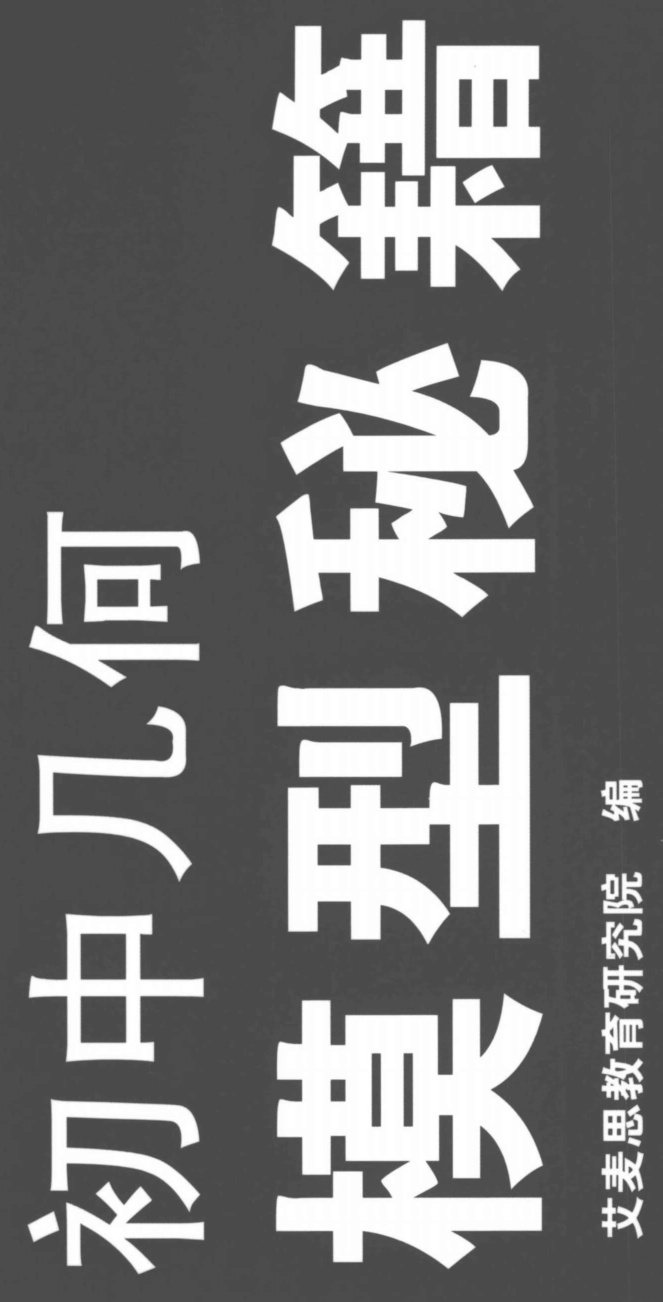
初中几何
模型秘籍
艾麦思教育研究院 编